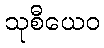
သုစီယေဝ